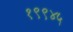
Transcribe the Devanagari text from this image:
१९९४५